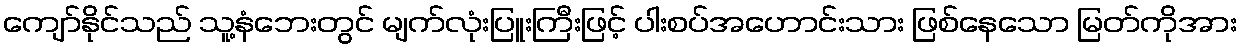
ကျော်နိုင်သည် သူ့နံဘေးတွင် မျက်လုံးပြူးကြီးဖြင့် ပါးစပ်အဟောင်းသား ဖြစ်နေသော မြတ်ကိုအား